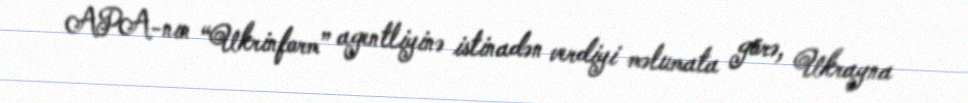
APA-nın “Ukrinform” agentliyinə istinadən verdiyi məlumata görə, Ukrayna